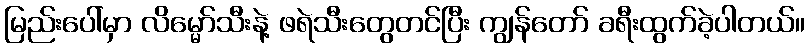
မြည်းပေါ်မှာ လိမ္မော်သီးနဲ့ ဖရဲသီးတွေတင်ပြီး ကျွန်တော် ခရီးထွက်ခဲ့ပါတယ်။